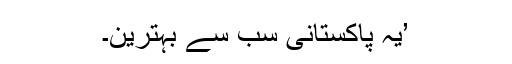
’یہ پاکستانی سب سے بہترین۔